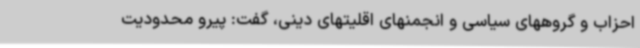
احزاب و گروههای سیاسی و انجمنهای اقلیتهای دینی، گفت: پیرو محدودیت